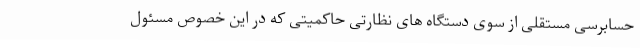
حسابرسی مستقلی از سوی دستگاه های نظارتی حاکمیتی که در این خصوص مسئول